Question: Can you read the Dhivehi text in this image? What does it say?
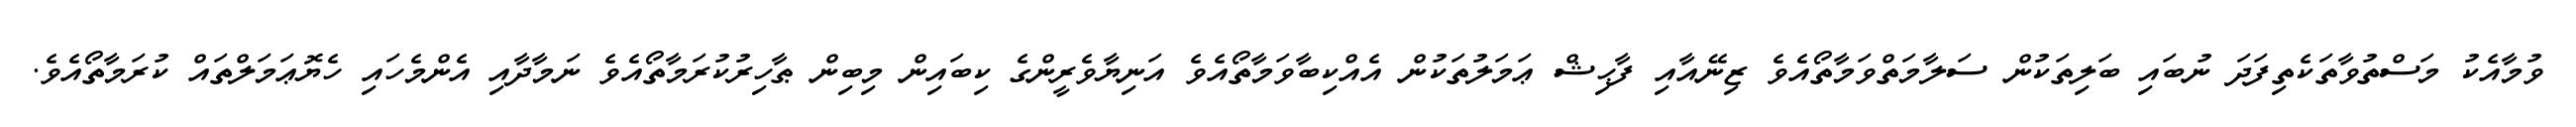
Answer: ވުމާއެކު މަސްތުވާތަކެތިފަދަ ނުބައި ބަލިތަކުން ސަލާމަތްވަމާތޯއެވެ ޒިނޭއާއި ފާޙިޝް ޢަމަލުތަކުން އެއްކިބާވަމާތޯއެވެ އަނިޔާވެރީންގެ ކިބައިން މިބިން ޠާހިރުކުރަމާތޯއެވެ ނަމާދާއި އެންމެހައި ހެޔޮޢަމަލްތައް ކުރަމާތޯއެވެ.